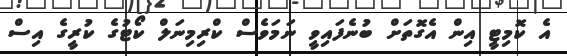
އެ ކޮމިޓީ އިން އެގޮތަށް ބުނެފައިވީ ނަމަވެސް ކްރިމިނަލް ކޯޓުގެ ކުރީގެ އިސް